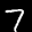
Label: 7